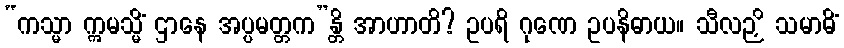
“ကသ္မာ ဣမသ္မိံ ဌာနေ အပ္ပမတ္တက”န္တိ အာဟာတိ? ဥပရိ ဂုဏေ ဥပနိဓာယ။ သီလဉှိ သမာဓိံ